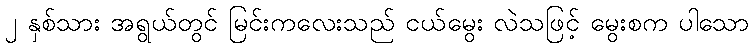
၂ နှစ်သား အရွယ်တွင် မြင်းကလေးသည် ငယ်မွေး လဲသဖြင့် မွေးစက ပါသော